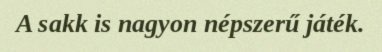
A sakk is nagyon népszerű játék.